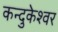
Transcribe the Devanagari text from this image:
कन्दुकेश्वर